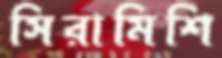
সিরামিশি